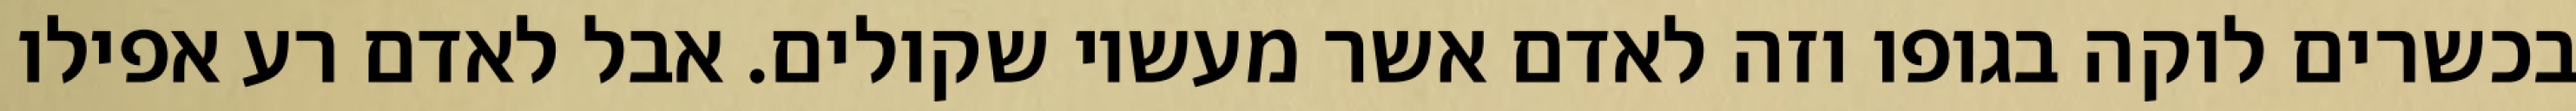
בכשרים לוקה בגופו וזה לאדם אשר מעשיו שקולים. אבל לאדם רע אפילו